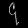
Digit: ၄